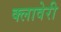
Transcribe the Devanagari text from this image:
क्लावेरी